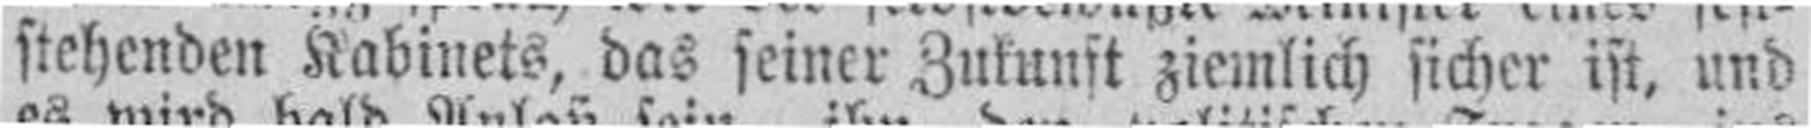
stehenden Kabinets, das seiner Zukunft ziemlich sicher ist, und